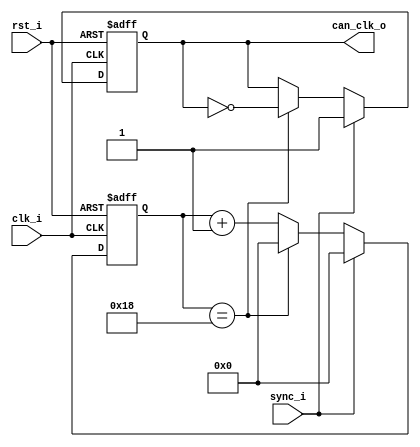
module can_clk
#(
   parameter FREQ_I = 50_000_000,
   parameter FREQ_O = 1_000_000,
   parameter END_COUNT = FREQ_I/(FREQ_O*2) - 1
)( 
   input rst_i,
   input clk_i,
   input sync_i,
   
   output can_clk_o
);

reg [11:0] count;
reg can_clk_o_reg;

assign can_clk_o = can_clk_o_reg;

always @( posedge clk_i or negedge rst_i ) begin
   if ( rst_i == 1'b0 ) begin
      can_clk_o_reg     <= 1'b1;
      count             <= 12'd0;
   end else begin
       if ( sync_i ) begin
          count             <= 12'd0;
          can_clk_o_reg     <= 1'b1;
       end else if ( count == END_COUNT ) begin
          count             <= 12'd0;
          can_clk_o_reg     <= ~can_clk_o_reg;
       end else begin
          count             <= count + 1'b1;
       end
    end
end

endmodule